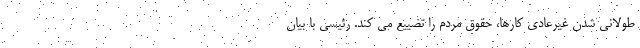
طولانی شدن غیرعادی کارها، حقوق مردم را تضییع می کند. رئیسی با بیان